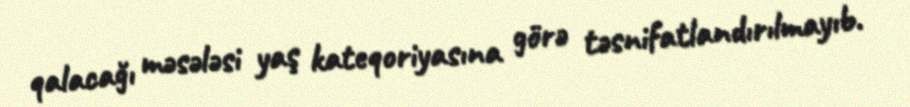
qalacağı məsələsi yaş kateqoriyasına görə təsnifatlandırılmayıb.